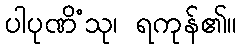
ပါပုဏိံသု၊ ရကုန်၏။